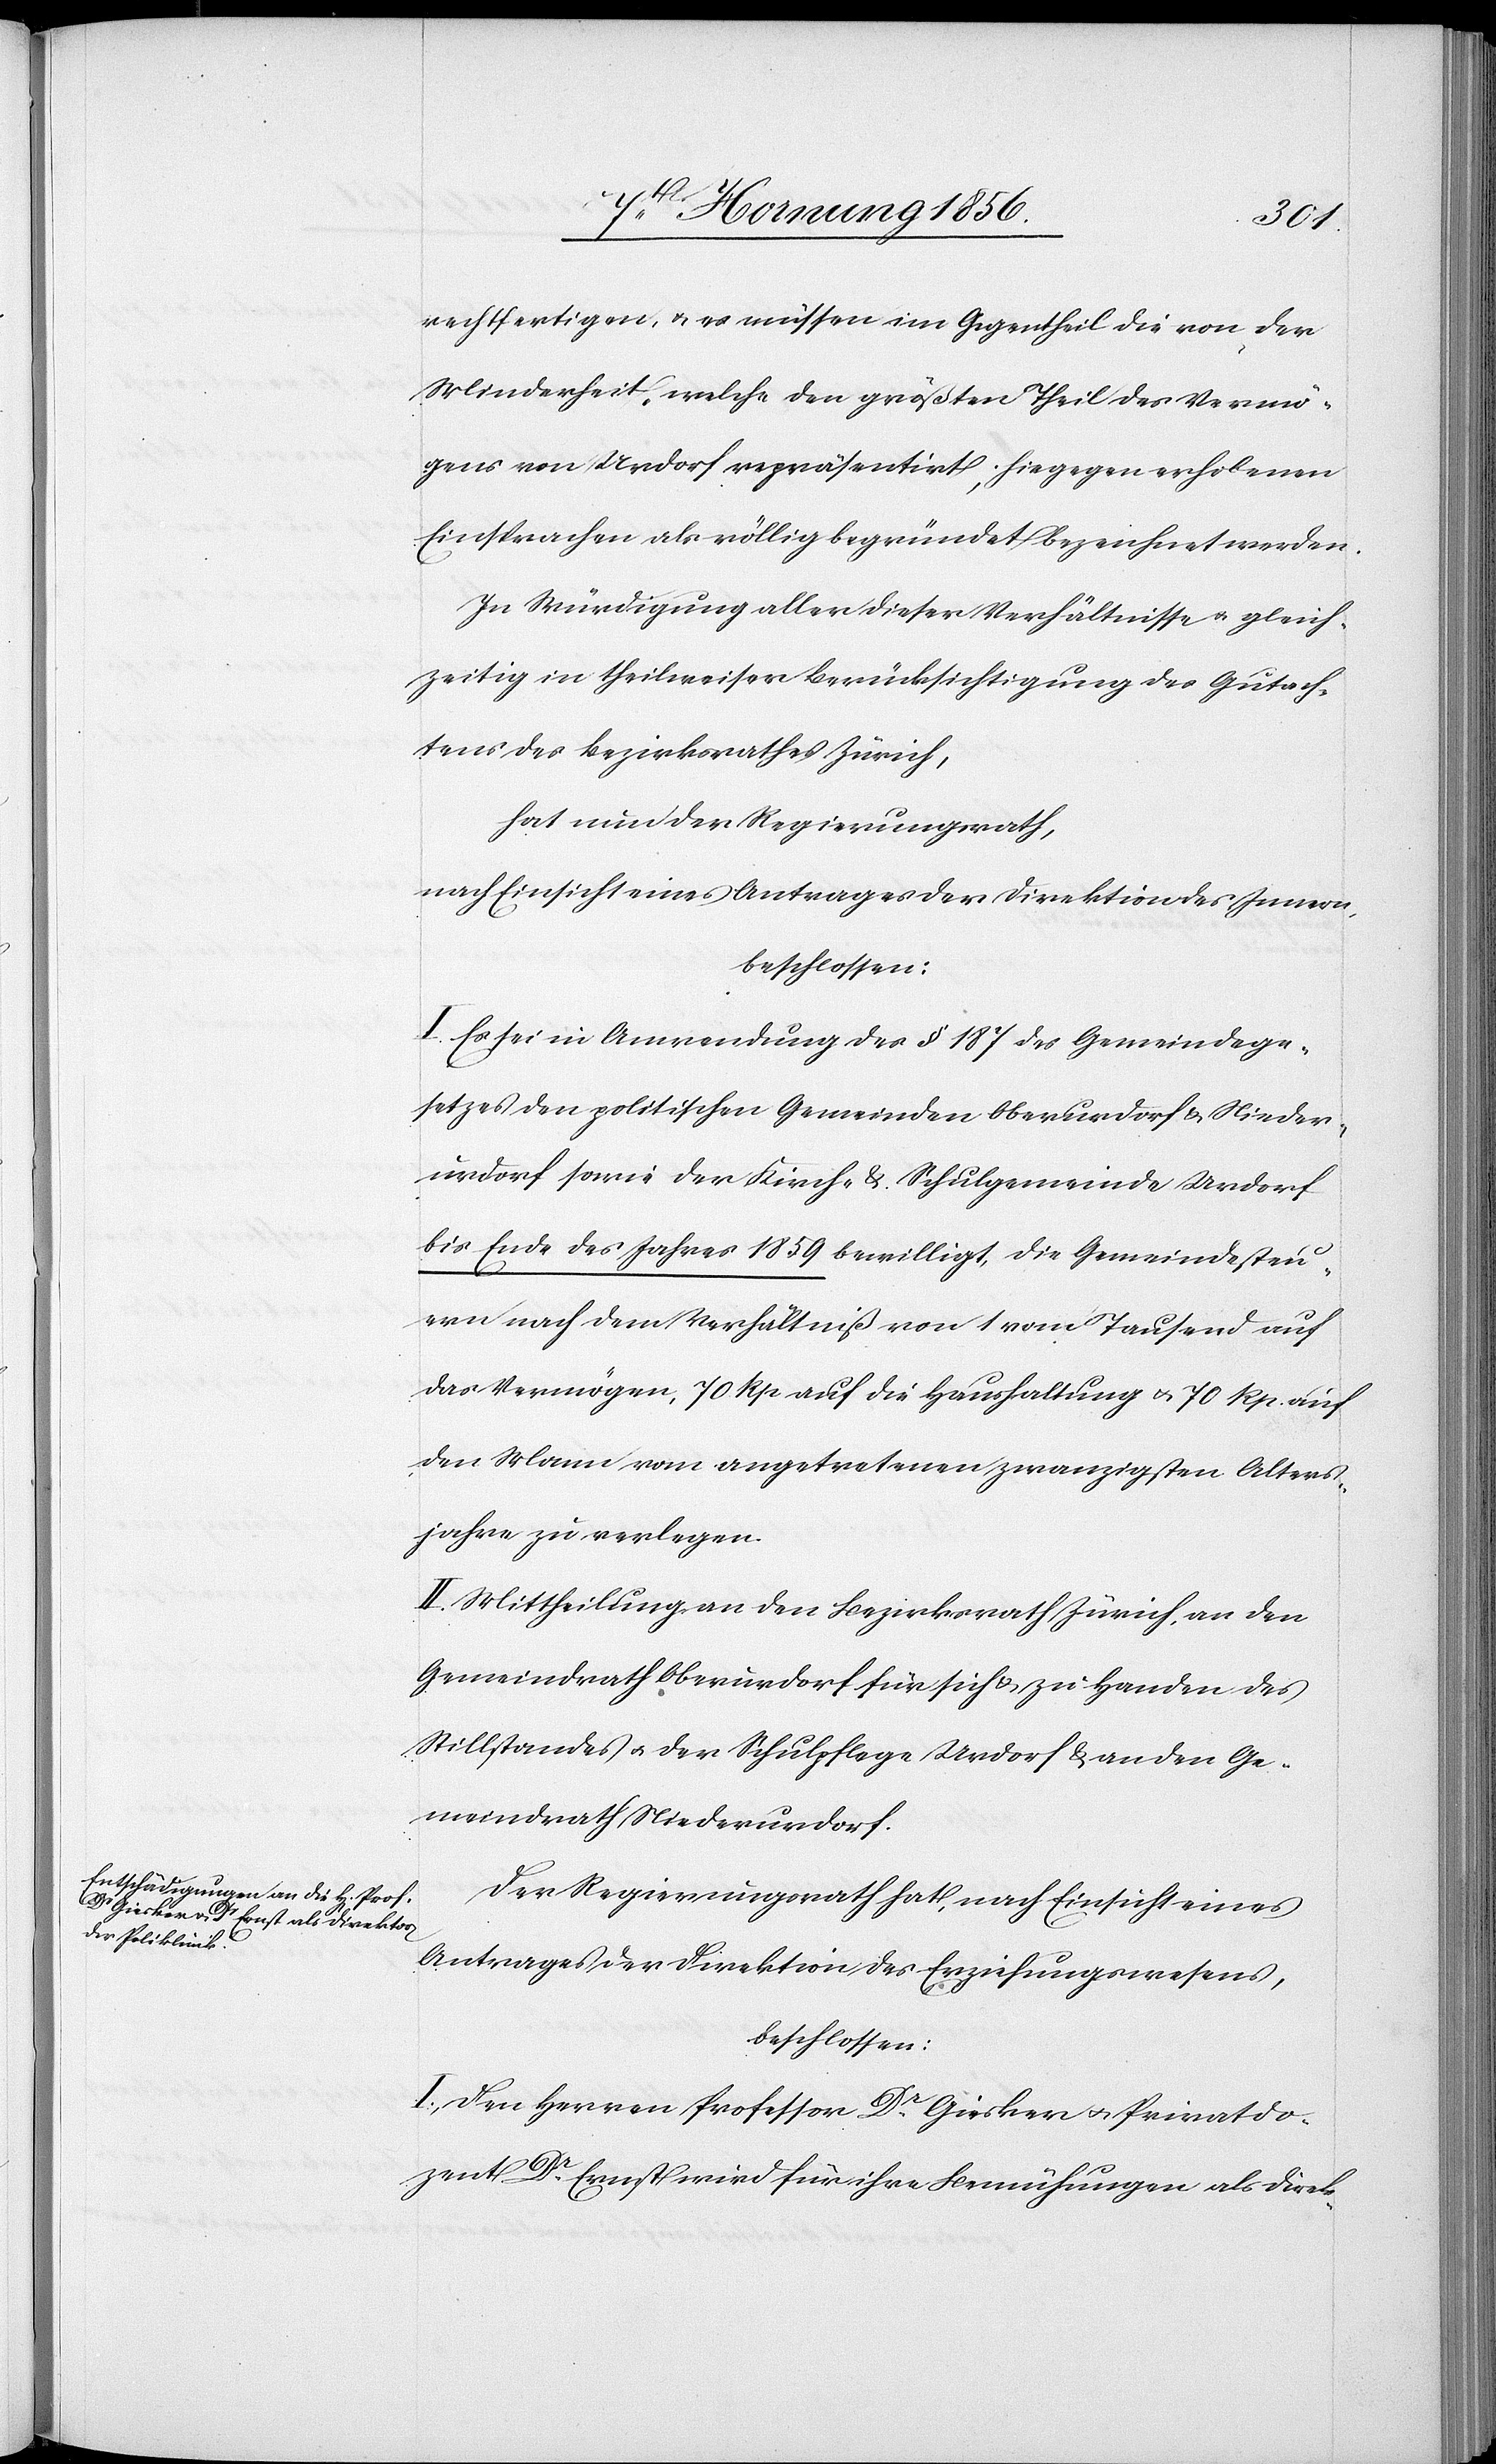
rechtfertigen, u. es müssen im Gegentheil die von der
Minderheit, welche den größten Theil des Vermö¬
gens von Urdorf repräsentirt, hiegegen erhobenen
Einsprachen als völlig begründet bezeichnet werden.
In Würdigung aller dieser Verhältnisse u. gleich¬
zeitig in theilweiser Berücksichtigung des Gutach¬
tens des Bezirksrathes Zürich,
hat nun der Regierungsrath,
nach Einsicht eines Antrages der Direktion des Innern,
beschlossen:
I. Es sei in Anwendung des § 187 des Gemeindege¬
setzes den politischen Gemeinden Oberurdorf & Nieder¬
urdorf sowie der Kirch- & Schulgemeinde Urdorf
bis Ende des Jahres 1859 bewilligt, die Gemeindesteu¬
ern nach dem Verhältniß von 1 vom Tausend auf
das Vermögen, 70 Rp auf die Haushaltung u. 70 Rp. auf
den Mann vom angetretenen zwanzigsten Alters¬
jahre zu verlegen.
II. Mittheilung an den Bezirksrath Zürich, an den
Gemeindrath Oberurdorf für sich & zu Handen des
Stillstandes u. der Schulpflege Urdorf & an den Ge¬
meindrath Niederurdorf.
Der Regierungsrath hat, nach Einsicht eines
Antrages der Direktion des Erziehungswesens,
beschlossen:
I. Den Herren Professor Dr Giesker u. Privatdo¬
zent Dr Ernst wird für ihre Bemühungen als Direk-